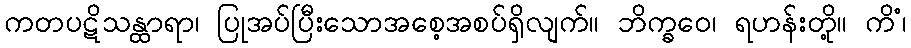
ကတပဋိသန္ထာရာ၊ ပြုအပ်ပြီးသောအစေ့အစပ်ရှိလျက်။ ဘိက္ခဝေ၊ ရဟန်းတို့။ ကိံ၊